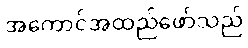
အကောင်အထည်ဖော်သည်